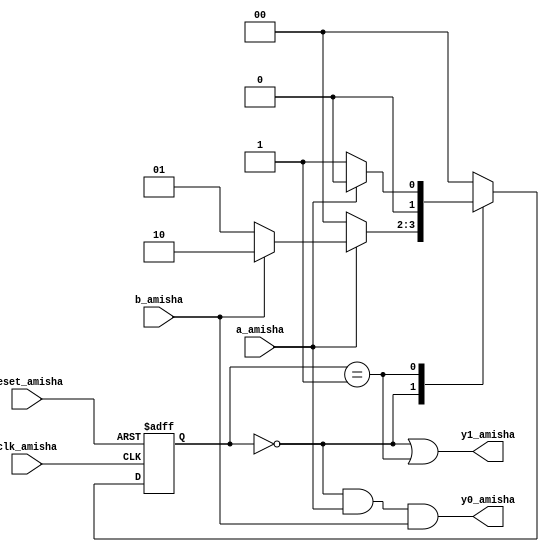
`timescale 1ns / 1ps
//////////////////////////////////////////////////////////////////////////////////
// Company: 
// Engineer: 
// 
// Design Name: 
// Module Name:    fsm_eg_mult_seg_Amisha 
// Project Name: 
// Target Devices: 
// Tool versions: 
// Description: 
//
// Dependencies: 
//
// Revision: 
// Revision 0.01 - File Created
// Additional Comments: 
//
//////////////////////////////////////////////////////////////////////////////////
module fsm_eg_mult_seg_Amisha(
    input clk_amisha,
    input reset_amisha,
    input a_amisha,
    input b_amisha,
    output y0_amisha,
    output y1_amisha
    );
	 
	 localparam [1:0] s0_amisha = 2'b00,
	 s1_amisha = 2'b01,
	 s2_amisha = 2'b10;
	 reg [1:0] state_reg_amisha, state_next_amisha;
	 
	 always @(posedge clk_amisha, posedge reset_amisha)
	 if (reset_amisha)
	 state_reg_amisha <= s0_amisha;
	 else
	 state_reg_amisha <= state_next_amisha;
	 
	 always @*
	 case (state_reg_amisha)
	 s0_amisha: if (a_amisha)
	 if (b_amisha)
	 state_next_amisha = s2_amisha;
	 else 
	 state_next_amisha = s1_amisha;
	 else
	 state_next_amisha = s0_amisha;
	 
	 s1_amisha: if (a_amisha)
	 state_next_amisha = s0_amisha;
	 else
	 state_next_amisha = s1_amisha;
	 
	 s2_amisha: state_next_amisha = s0_amisha;
	 default: state_next_amisha = s0_amisha;
	 endcase
	 
	 assign y1_amisha = (state_reg_amisha == s0_amisha) || (state_reg_amisha == s1_amisha);
	 assign y0_amisha = (state_reg_amisha == s0_amisha) & a_amisha & b_amisha;	
endmodule